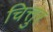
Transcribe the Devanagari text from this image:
चित्तुर